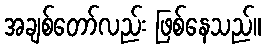
အချစ်တော်လည်း ဖြစ်နေသည်။